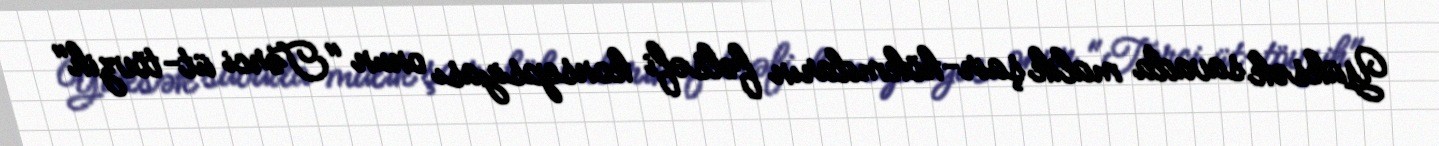
Yüksək savada malik şair-hökmdarın fəlsəfi konsepsiyası onun "Tərci üt-tövzih"